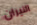
النيران